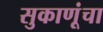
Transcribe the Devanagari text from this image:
सुकाणूंचा